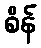
စိန်